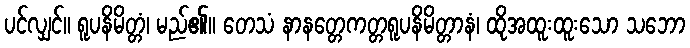
ပင်လျှင်။ ရူပနိမိတ္တံ၊ မည်၏။ တေသံ နာနတ္တေကတ္တရူပနိမိတ္တာနံ၊ ထိုအထူးထူးသော သဘော